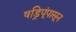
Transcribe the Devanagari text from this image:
षड्रिपूंपासून